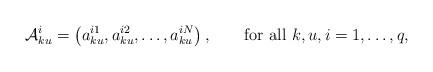
LaTeX: \begin{align*}\mathcal{A}_{ku}^{i}=\left(a_{ku}^{i1},a_{ku}^{i2},\dots,a_{ku}^{iN}\right),\quad\quad\mbox{for all $ k,u,i=1,\dots,q$, }\end{align*}